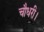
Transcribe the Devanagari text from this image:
चौधरी।